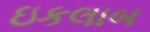
ઇકલાબ